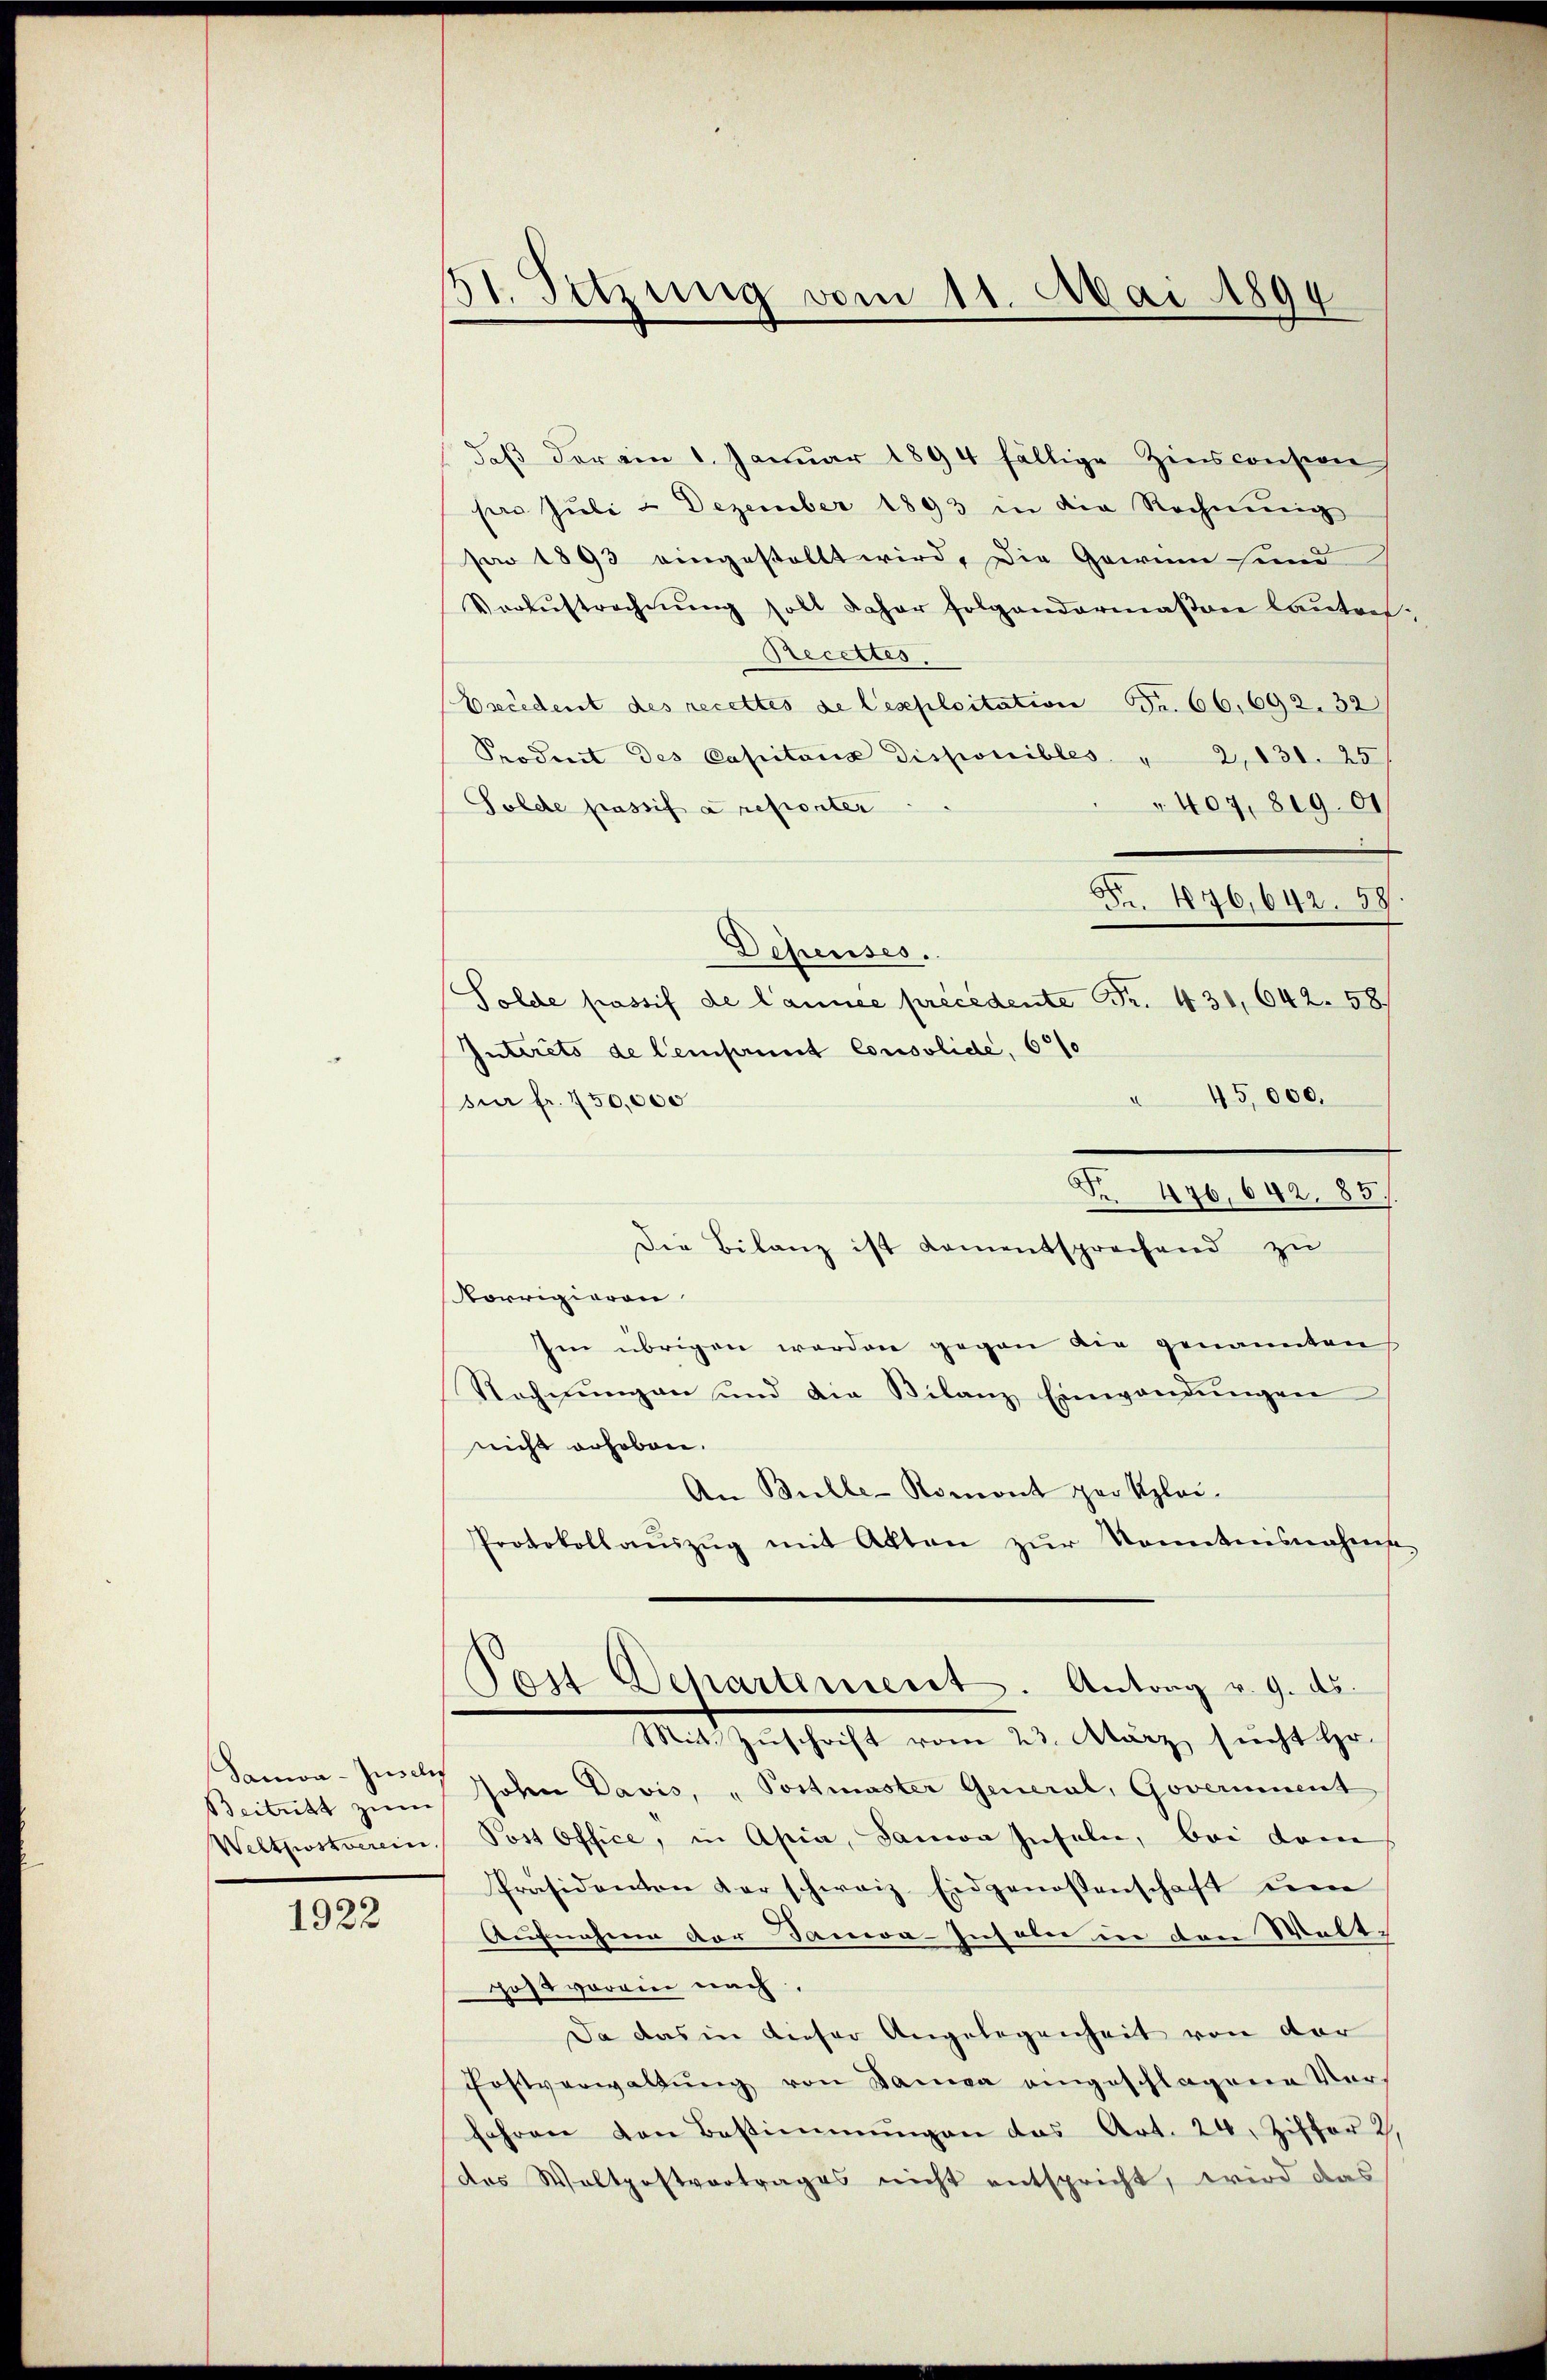
Sana-Jusclis

1922

31. Setzung vom 11. Mai 1894

daβ der am 1. Januar 1894 fällige Zins consion
pro Juli u. Dezember 1893 in die Rechnung
sar 1893 eingestellt wird, die Gewinn sind
Verlustrechnŭng soll daher folgendermaßen lautref¬
Recettes.
Eecedent des recettes de lexploitation Fr. 66,692. 32
Produit des Capitaria disponibles " 2,131. 25
Solde passif a reporter
" 407, 819. 01
Fr. 476,642. 58
Defenses.
Solche Passif de l’année précédent Fr. 431, 642. 58
Interets de leinsamit Consolide, 6/
" 45,000.
für fr. 750,000
Nr. 476, 642. 85.
Die Bilanz ist kamentsprechend zu
orrigieren
Im übrigen worden gegen die genannten
Rechnungen und die Bilanz Einwendungen
nicht erhoben.
An Bulle-Romont par Klei-
Protokollaŭszŭg mit Akten zŭr Kenntnisnahms-
Post Departement. Antrag v. 9. ds.
Mit Zuschrift vom 23. März sucht Hr.
Beitritt zum John Davis, „Postmaster General, Goveriment
Weltpostverein. Post Office, in Apia, Samon Inseln, bei dem
Präsidenton der schweiz. Eidgenossenschaft ŭm
Aufnahme der Dauera sich aber in den Welt-
post vorein nach,
Da das in dieser Angelegenheit von der
Fostverwaltung von Damen eingeschlagene Vors
fahren von Bestimmŭngen das Art. 24. Ziffer 2.
des Woltpostvertrages nicht entspricht, wird das